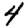
Digit: 4